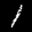
Label: 1